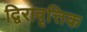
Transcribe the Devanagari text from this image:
द्विरावृत्तिक